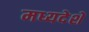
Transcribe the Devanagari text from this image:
मध्यदेशे